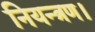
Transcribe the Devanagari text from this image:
नियन्त्रण।